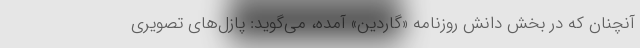
آنچنان که در بخش دانش روزنامه «گاردین» آمده، می‌گوید: پازل‌های تصویری